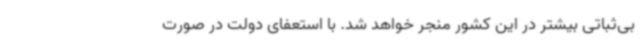
بی‌ثباتی بیشتر در این کشور منجر خواهد شد. با استعفای دولت در صورت